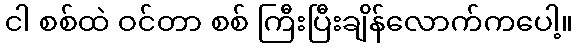
ငါ စစ်ထဲ ဝင်တာ စစ် ကြီးပြီးချိန်လောက်ကပေါ့။